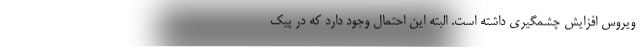
ویروس افزایش چشمگیری داشته است. البته این احتمال وجود دارد که در پیک